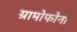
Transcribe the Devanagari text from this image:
ग्रामोफोनों